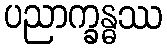
ပညာက္ခန္ဓဿ